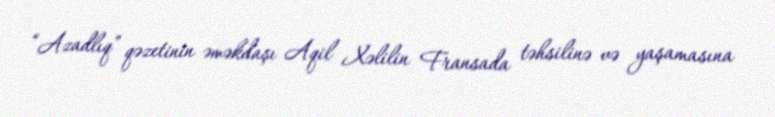
“Azadlıq” qəzetinin əməkdaşı Aqil Xəlilin Fransada təhsilinə və yaşamasına